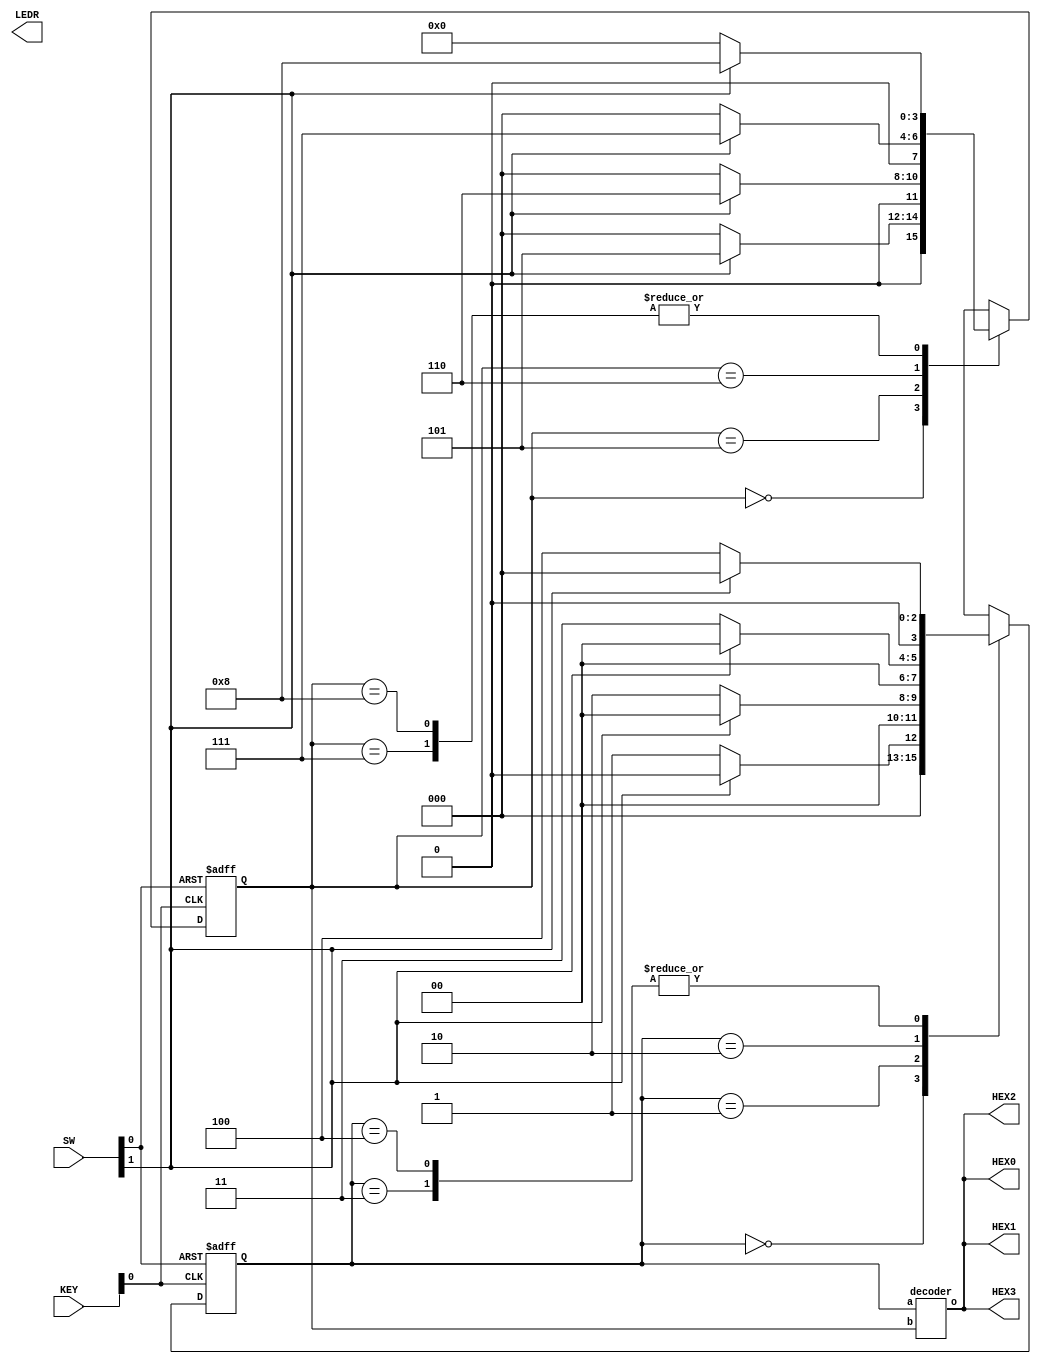
module Part3(SW,KEY,LEDR,HEX0,HEX1,HEX2,HEX3);
input [9:0] SW;
input [1:0] KEY;
output [9:0] LEDR;
output [7:0] HEX0,HEX1,HEX2,HEX3;

wire clock;

reg [3:0] y_Q,y_Q1;
wire [7:0] out;
reg [3:0] Y_D,Y_D1;
reg [7:0] d;
parameter A=4'b0000, B=4'b0001, C=4'b0010, D=4'b0011, E=4'b0100, F=4'b0101, G=4'b0110, H=4'b0111, I=4'b1000;

assign clock = KEY[0];
assign w = SW[1];
assign reset = SW[0];


//state_update su1(Y_D,clock,reset,y_Q); 
//state_update su2(Y_D1,clock,reset,y_Q1); 

decoder d1 (y_Q,y_Q1,out);

always @ (w,y_Q)

begin: state_table_0
case(y_Q)
	A: if(!w) Y_D <= B;
	else Y_D <= A;
	B: if(!w) Y_D <= C;
	else Y_D <= A;
	C: if(!w) Y_D <= D;
	else Y_D <= A;
	D: if(!w) Y_D <= E;
	else Y_D <= A;
	E: if(!w) Y_D <= E;
	else Y_D <= A;
	/*
	F: if(w) Y_D <= G;
	else Y_D <= B;
	G: if(w) Y_D <= H;
	else Y_D <= B;
	H: if(w) Y_D <= I;
	else Y_D <= B;
	I: if(w) Y_D <= I;
	else Y_D <= B;
	*/
	default : Y_D <= 4'bxxxx;
endcase 
end


always @ (w,y_Q1)
begin
case(y_Q1)
	A: if(!w) Y_D1 <= A;
	else Y_D1<= F;
	/*
	B: if(!w) Y_D1 <= C;
	else Y_D1 <= F;
	C: if(!w) Y_D1 <= D;
	else Y_D1 <= F;
	D: if(!w) Y_D1 <= E;
	else Y_D1 <= F;
	E: if(!w) Y_D1 <= E;
	else Y_D1 <= F;
	*/
	F: if(w) Y_D1 <= G;
	else Y_D1 <= A;
	G: if(w) Y_D1 <= H;
	else Y_D1 <= A;
	H: if(w) Y_D1 <= I;
	else Y_D1 <= A;
	I: if(w) Y_D1 <= I;
	else Y_D1 <= A;
	default : Y_D1 <= 4'bxxxx;
endcase
end
always @ (posedge clock or posedge reset)

begin: state_FFs_0;
if(reset)
begin
y_Q <= A;
//y_Q1 <= A;
end
else
begin 
y_Q <= Y_D;
//y_Q1 <= Y_D1; 
end
end

always @ (posedge clock or posedge reset)

begin: state_FFs_1;
if(reset)
begin
//y_Q <= A;
y_Q1 <= A;
end
else
begin 
//y_Q <= Y_D;
y_Q1 <= Y_D1; 
end
end
/*
//Display
always @ (*)
begin: display

case(y_Q)
	E: d <= 8'b11000000;
	I: d <= 8'b11111001;
	default: d<= 8'b10001001;
endcase

end	
*/
assign LEDR[9:6] = y_Q;
assign LEDR[5:2] = y_Q1;
assign HEX0 = out;
assign HEX1 = out;
assign HEX2 = out;
assign HEX3 = out;




endmodule 

module decoder (a,b,o);
input [3:0] a,b;
output reg [7:0] o;
always @ (*)
begin 
if(a == 4'b0100)
o <= 8'b11000000;
else if (b == 4'b1000)
o<= 8'b11111001;
else 
o<= 8'b10001001;
end 
endmodule



module state_update(Y_D,clock,reset,y_Q);
input [3:0] Y_D;
input clock,reset;
output reg [3:0] y_Q;

reg [3:0] temp;

always @ (posedge clock or posedge reset)

begin: state_FFs;
if(reset)
temp <= 4'b0000;
else 
temp <= Y_D; 


y_Q <= temp;

end

endmodule